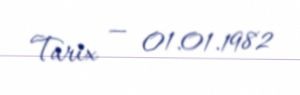
Tarix — 01.01.1982